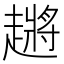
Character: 𬦞